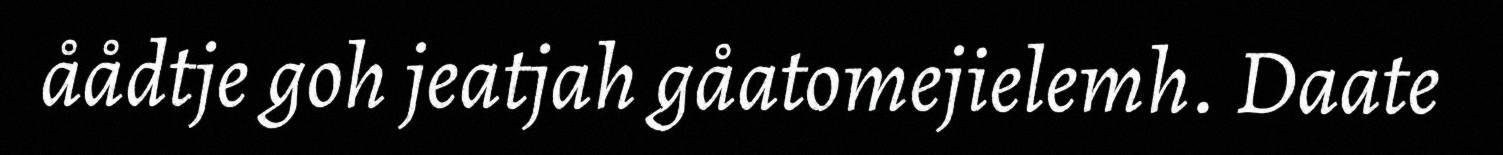
åådtje goh jeatjah gåatomejielemh. Daate